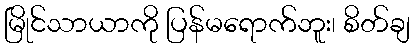
မြိုင်သာယာကို ပြန်မရောက်ဘူး၊ စိတ်ချ